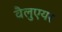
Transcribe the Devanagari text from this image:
वैलुएयर